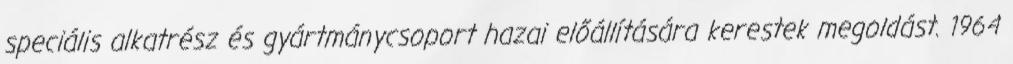
speciális alkatrész és gyártmánycsoport hazai előállítására kerestek megoldást. 1964